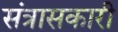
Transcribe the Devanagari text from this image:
संत्रासकारी